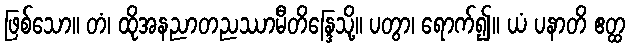
ဖြစ်သော။ တံ၊ ထိုအနညာတညဿာမီတိန္ဒြေသို့။ ပတွာ၊ ရောက်၍။ ယံ ပနာတိ ဧတ္ထ